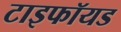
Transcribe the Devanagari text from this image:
टाइफॉयड